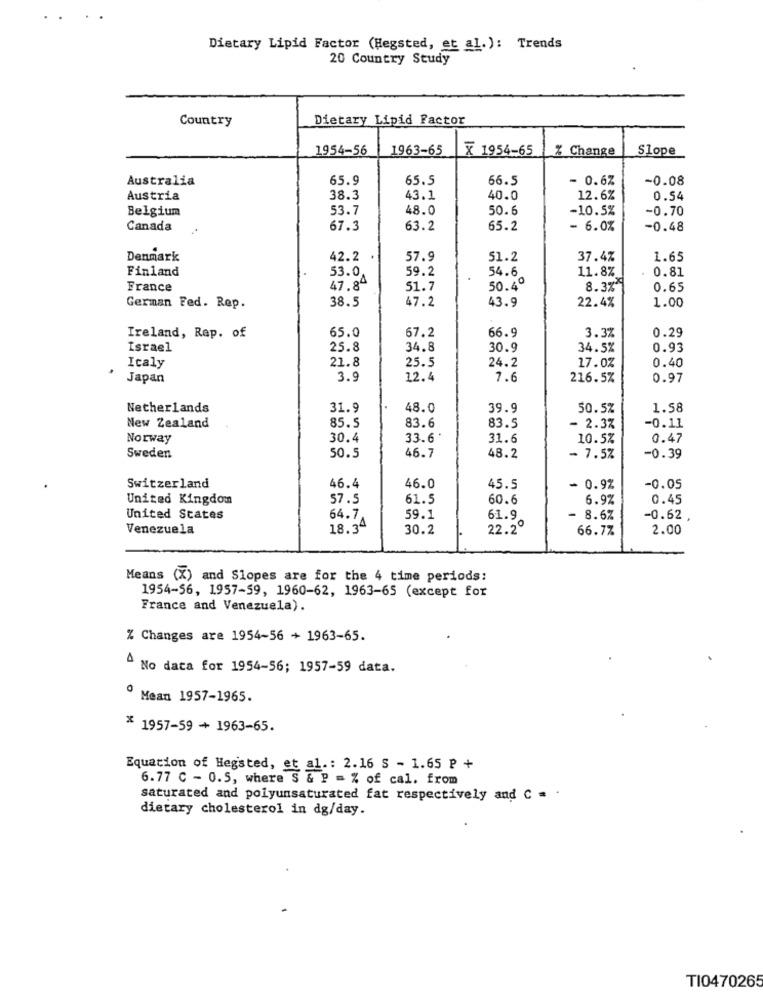
Dietary Lipid Factor (Hegsted, et al.): Trends
20 Country Study
Country
Dietary Lipid Factor
1954-56
1963-65
X 1954-65
% Change
Slope
Australia
65.9
65.5
66.5
- 0.67
-0.08
Austria
38.3
43.1
40.0
12.6%
0.54
Belgium
53.7
48.0
50.6
-10.5%
-0.70
Canada
67.3
63.2
65.2
- 6.0%
-0.48
Denmark
42.2
57.9
51.2
37.4%
1.65
Finland
53.0
59.2
11.8%
0.81
54.6
France
47.84
51.7
50.4º
8.3%"
0.65
38.5
47.2
43.9
22.4%
1.00
German Fed. Rep.
65.0
67.2
66.9
3.3%
0.29
Ireland, Rep. of
Israel
25.8
34.8
30.9
34.5%
0.93
21.8
24.2
Italy
25.5
17.0%
0.40
Japan
3.9
12.4
7.6
216.5%
0.97
Netherlands
31.9
48.0
39.9
50.5%
1.58
85.5
83.5
New Zealand
83.6
- 2.3%
-0.11
Norway
30.4
33.6*
31.6
10.5%
0.47
Sweden
50.5
46.7
48.2
- 7.5%
-0.39
Switzerland
46.4
46.0
45.5
- 0.9%
-0.05
United Kingdom
57.5
61.5
60.6
6.9%
0.45
United States
64.7
59.1
61.9
- 8.6%
-0.62
Venezuela
18.34
30.2
22.2º
66.77
2.00
Means (X) and Slopes are for the 4 time periods:
1954-56, 1957-59, 1960-62, 1963-65 (except for
France and Venezuela).
% Changes are 1954-56 + 1963-65.
" No data for 1954-56; 1957-59 data.
º Mean 1957-1965.
* 1957-59 + 1963-65.
Equation of Hegsted, et al .: 2.16 S - 1.65 P +
6.77 C - 0.5, where S & P = % of cal. from
saturated and polyunsaturated fat respectively and C = .
dietary cholesterol in dg/day.
TI0470265